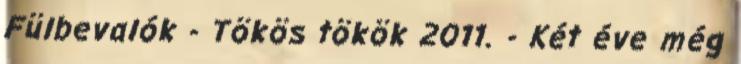
Fülbevalók - Tökös tökök 2011. - Két éve még